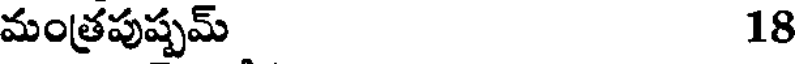
మంత్రపుష్పమ్ 18